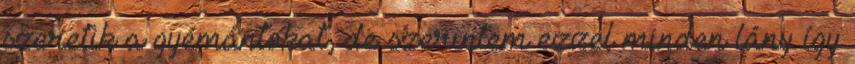
szeretik a gyémántokat, de szerintem ezzel minden lány így